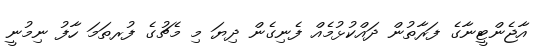
އާޖެންޓީނާގެ ފަރާތުން ދައްކުޅުމެއް ފެނިގެން ދިޔަ މި މެޗުގެ ފުރތަމަ ހާފު ނިމުނީ